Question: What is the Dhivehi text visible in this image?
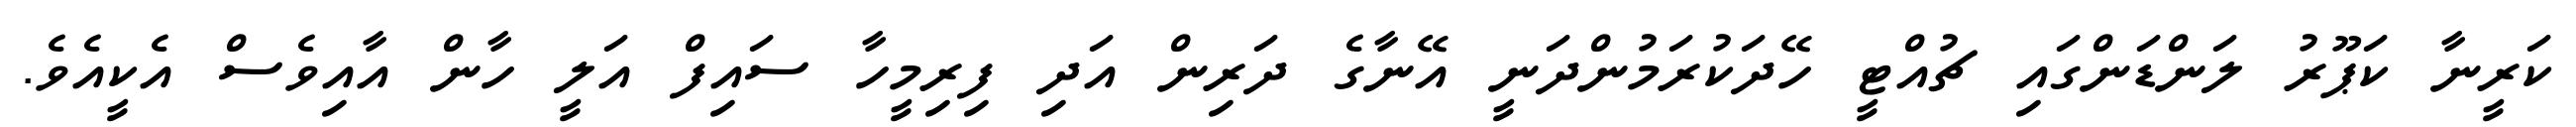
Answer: ކަރީނާ ކަޕޫރު ލަންޑަންގައި ޗުއްޓީ ހޭދަކުރަމުންދަނީ އޭނާގެ ދަރިން އަދި ފިރިމީހާ ސައިފް އަލީ ހާން އާއިވެސް އެކީއެވެ.